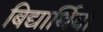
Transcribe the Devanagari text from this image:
बिद्यार्थियों